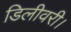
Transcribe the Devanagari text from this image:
डिलीवरी।